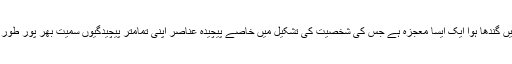
انسان اعصابی تاروں میں گندھا ہوا ایک ایسا معجزہ ہے جس کی شخصیت کی تشکیل میں خاصے پیچیدہ عناصر اپنی تمامتر پیچیدگیوں سمیت بھر پور طور پر اثر انداز ہوتے ہیں ۔